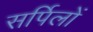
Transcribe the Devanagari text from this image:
सर्पिलों